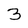
Character: 3